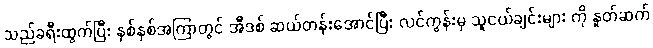
သည်ခရီးထွက်ပြီး နှစ်နှစ်အကြာတွင် အီဒစ် ဆယ်တန်းအောင်ပြီး လင်ကွန်းမှ သူငယ်ချင်းများ ကို နှုတ်ဆက်